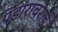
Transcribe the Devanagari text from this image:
पंडारावराई